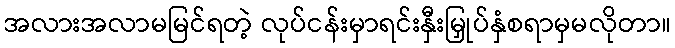
အလားအလာမမြင်ရတဲ့ လုပ်ငန်းမှာရင်းနှီးမြှုပ်နှံစရာမှမလိုတာ။